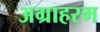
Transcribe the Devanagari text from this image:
अग्राहरम